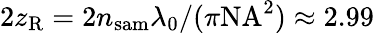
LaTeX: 2z_{\mathrm{R}}=2n_{\mathrm{sam}}\lambda_{0}/(\pi\mathrm{NA}^{2})\approx 2.99